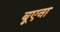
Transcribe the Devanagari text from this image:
बूएना